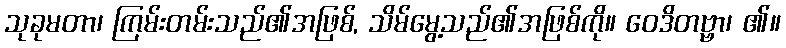
သုခုမတာ၊ ကြမ်းတမ်းသည်၏အဖြစ်, သိမ်မွေ့သည်၏အဖြစ်ကို။ ဝေဒိတဗ္ဗာ၊ ၏။